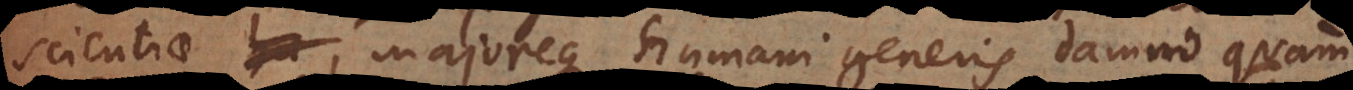
scientiae, majoreque humani generis damno quam